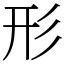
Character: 形